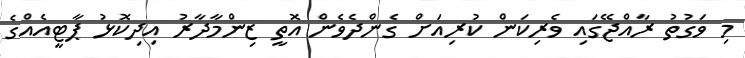
މި ވަގުތު ރާއްޖޭގައި ވެރިކަން ކުރިއަށް ގެންދެވެން އޮތީ ޒިންމާދާރު އިދިކޮޅު ޕާޓީއެއްގެ